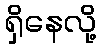
ရှိနေလို့